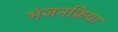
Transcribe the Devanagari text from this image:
भंजनक्रिया